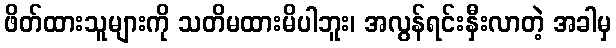
ဖိတ်ထားသူများကို သတိမထားမိပါဘူး၊ အလွန်ရင်းနှီးလာတဲ့ အခါမှ